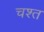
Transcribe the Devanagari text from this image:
चश्त